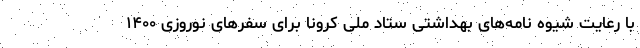
با رعایت شیوه نامه‌های بهداشتی ستاد ملی کرونا برای سفرهای نوروزی ۱۴۰۰